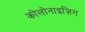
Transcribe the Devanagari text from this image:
कोलोनाइज़िग